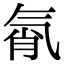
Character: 㲵